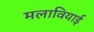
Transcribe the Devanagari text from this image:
मलावियाई